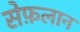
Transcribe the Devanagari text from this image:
सेफ़लान